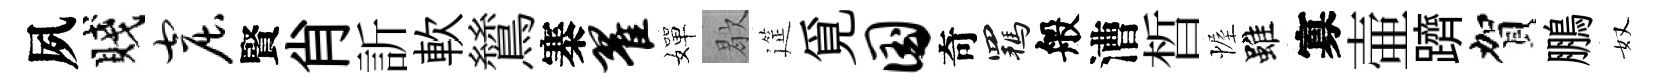
夙賤窟賢肖訢軟鷥寨翟嬋歇筵覓国奇羈般漕晳幄雖寡壷躋賀鵬奴